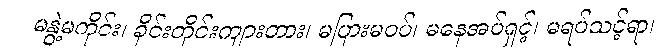
မနွဲ့မကိုင်း၊ ခိုင်းတိုင်းကျားတား၊ မပြားမဝပ်၊ မနေအပ်ရှင့်၊ မရပ်သင့်ရာ၊